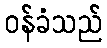
ဝန်ခံသည်